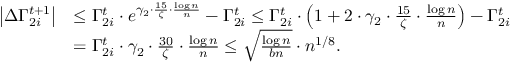
\begin{array} { r l } { \left| \Delta \Gamma _ { 2 i } ^ { t + 1 } \right| } & { \leq \Gamma _ { 2 i } ^ { t } \cdot e ^ { \gamma _ { 2 } \cdot \frac { 1 5 } { \zeta } \cdot \frac { \log n } { n } } - \Gamma _ { 2 i } ^ { t } \leq \Gamma _ { 2 i } ^ { t } \cdot \left( 1 + 2 \cdot \gamma _ { 2 } \cdot \frac { 1 5 } { \zeta } \cdot \frac { \log n } { n } \right) - \Gamma _ { 2 i } ^ { t } } \\ & { = \Gamma _ { 2 i } ^ { t } \cdot \gamma _ { 2 } \cdot \frac { 3 0 } { \zeta } \cdot \frac { \log n } { n } \leq \sqrt { \frac { \log n } { b n } } \cdot n ^ { 1 / 8 } . } \end{array}